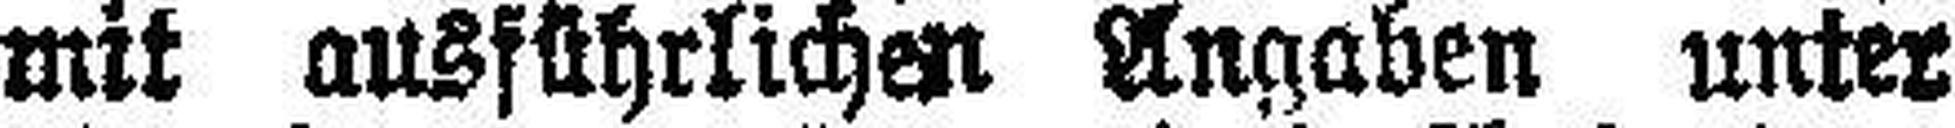
mit ausführlichen Angaben unter